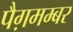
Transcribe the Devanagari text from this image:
पैग़मम्बर